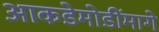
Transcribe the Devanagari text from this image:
आकडेमोडींमागे